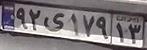
۹۲ی۱۷۹۱۳